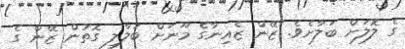
ގެ ލޮލަށް ބަލާށެވެ. ޒޭން ޒެއިނާގެ މޫނަށް ބަލާލި ގޮތުން ޒޭން ގެ